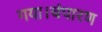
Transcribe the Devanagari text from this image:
गया।चंपारण